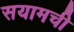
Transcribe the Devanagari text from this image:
सयामची